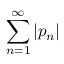
\sum _ { n = 1 } ^ { \infty } | p _ { n } |